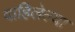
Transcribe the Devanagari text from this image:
वाहिलेल्‍या